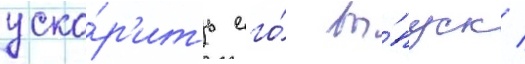
уско́р'ить его́ вы́пуск /